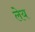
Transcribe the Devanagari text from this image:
लेय